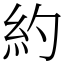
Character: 約